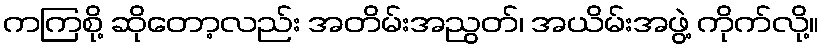
ကကြစို့ ဆိုတော့လည်း အတိမ်းအညွတ်၊ အယိမ်းအဖွဲ့ ကိုက်လို့။